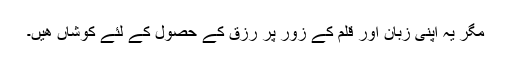
مگر یہ اپنی زبان اور قلم کے زور پر رزق کے حصول کے لئے کوشاں ھیں۔